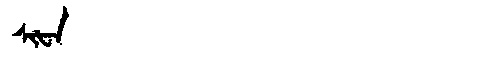
Manchu: ᠰᡳᡶᠠ
Romanization: SIFA